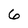
Character: 6